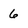
Character: 6